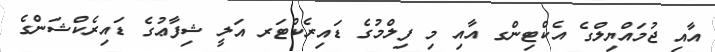
އާއި ޖުމައްޔިލްގެ އެކްޓިންގ އާއި މި ފިލްމުގެ ޑައިރެކްޓަރ އަލީ ޝިފާޢުގެ ޑައިރެކްޝަންގެ